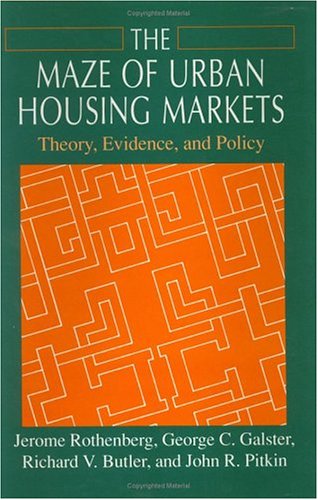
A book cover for The Maze of Urban Housing Markets: Theory, Evidence, and Policy; Jerome Rothenberg; Law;